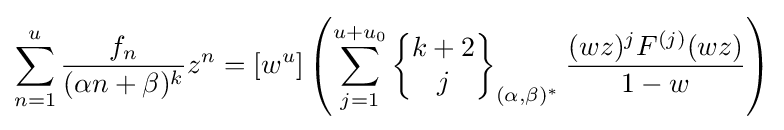
\sum _{n=1}^{u}{\frac {f_{n}}{(\alpha n+\beta )^{k}}}z^{n}=[w^{u}]\left(\sum _{j=1}^{u+u_{0}}\left\{{\begin{matrix}k+2\\j\end{matrix}}\right\}_{(\alpha ,\beta )^{\ast }}{\frac {(wz)^{j}F^{(j)}(wz)}{1-w}}\right)